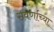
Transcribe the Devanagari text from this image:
सवर्णाच्या